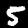
Label: 5